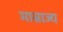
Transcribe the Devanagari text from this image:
माम्राज्य